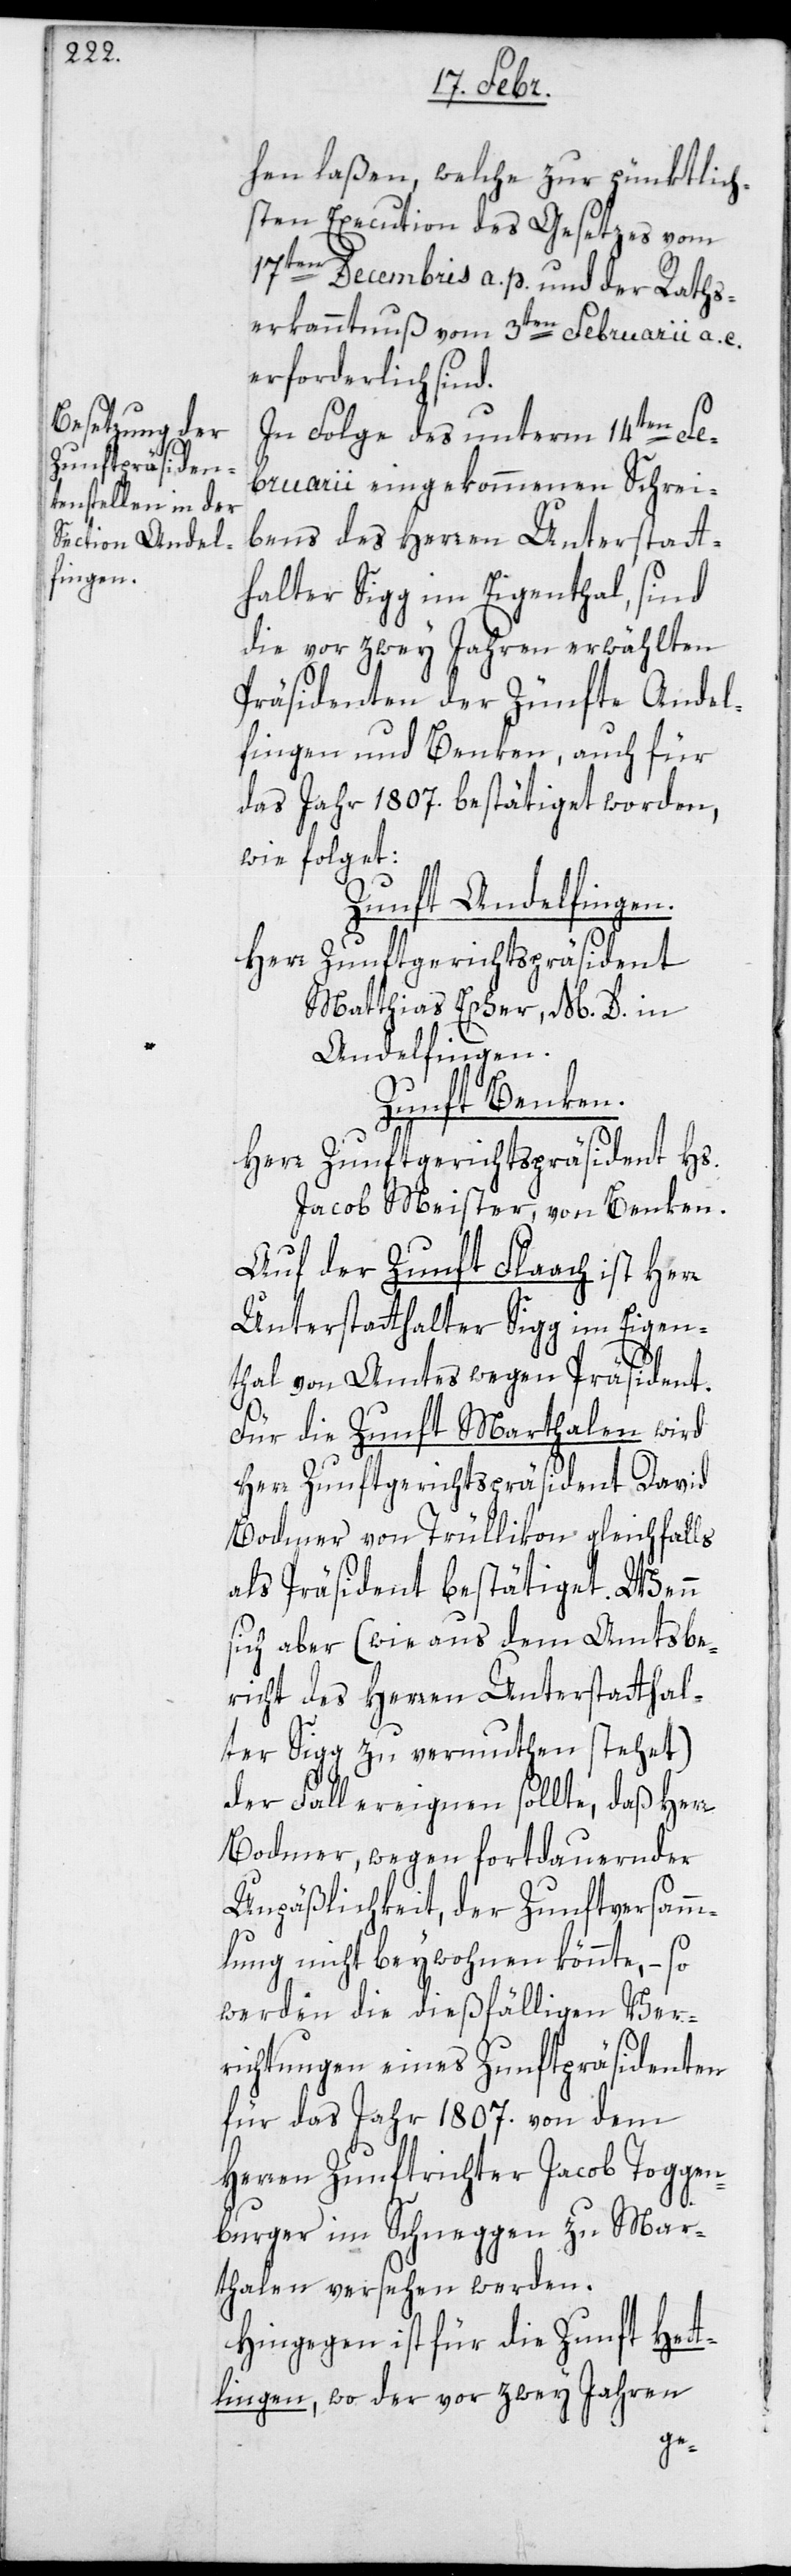
hen laßen, welche zur pünktlich¬
sten Execution des Gesetzes vom
17t¬
en Decembris a. p. und der Raths¬
erkanntnuß vom 3ten Februarii a. c.
erforderlich sind.
In Folge des unterm 14ten Fe¬
bruarii eingekommenen Schrei¬
ben des Herren Unterstatt¬
halter Sigg im Eigenthal, sind
die vor zwey Jahren erwählten
Präsidenten der Zünfte Andel¬
fingen und Benken, auch für
das Jahr 1807. bestätiget worden,
wie folget:
Zunft Andelfingen.
Herr Zunftgerichtspräsident
Matthias Escher, M.D., in
Andelfingen.
Zunft Benken.
Herr Zunftgerichtspräsident Hs.
Jacob Meister von Benken.
Auf der Zunft Flaach ist Herr
Unterstatthalter Sigg im Eigen¬
thal von Amtes wegen Präsident.
Für die Zunft Marthalen wird
Herr Zunftgerichtspräsident David
Bodmer von Trüllikon gleichfalls
als Präsident bestätiget. Wenn
sich aber (wie aus dem Amtsbe¬
richt des Herren Unterstatthal¬
ter Sigg zu vermuthen stehet)
der Fall ereignen sollte, daß Herr
Bodmer, wegen fortdauernder
Unpäßlichkeit, der Zunftversamm¬
lung nicht beywohnen könnte, – so
werden die dießfälligen Ver¬
richtungen eines Zunftpräsidenten
für das Jahr 1807. von dem
Herren Zunftrichter Jacob Toggen¬
burger im Schneggen zu Mar¬
thalen versehen werden.
Hingegen ist für die Zunft Het¬
tlingen, wo der vor zwey Jahren